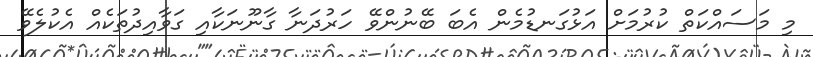
މި މަސައްކަތް ކުރުމަށް އަޅުގަނޑުމެން އެބަ ބޭނުންވޭ ހަރުދަނާ ގާނޫނަކާއި ގަވާއިދުތަކެއް އެކުލެވޭ